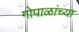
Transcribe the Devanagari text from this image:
गोपाळांच्या